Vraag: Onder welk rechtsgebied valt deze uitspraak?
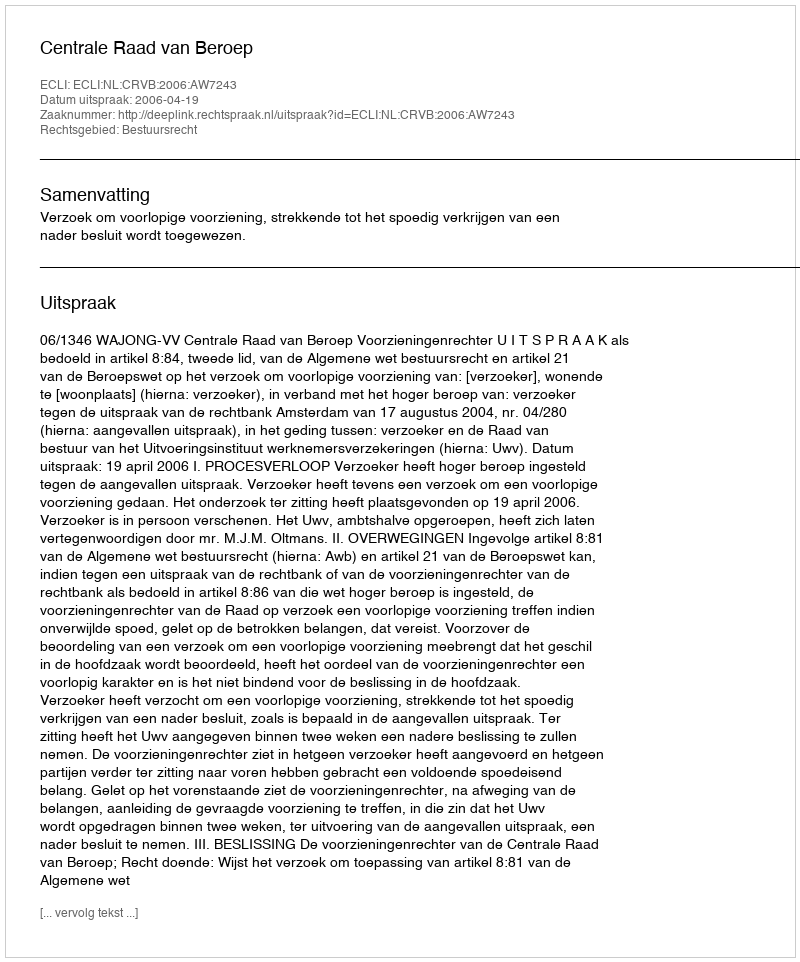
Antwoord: Bestuursrecht